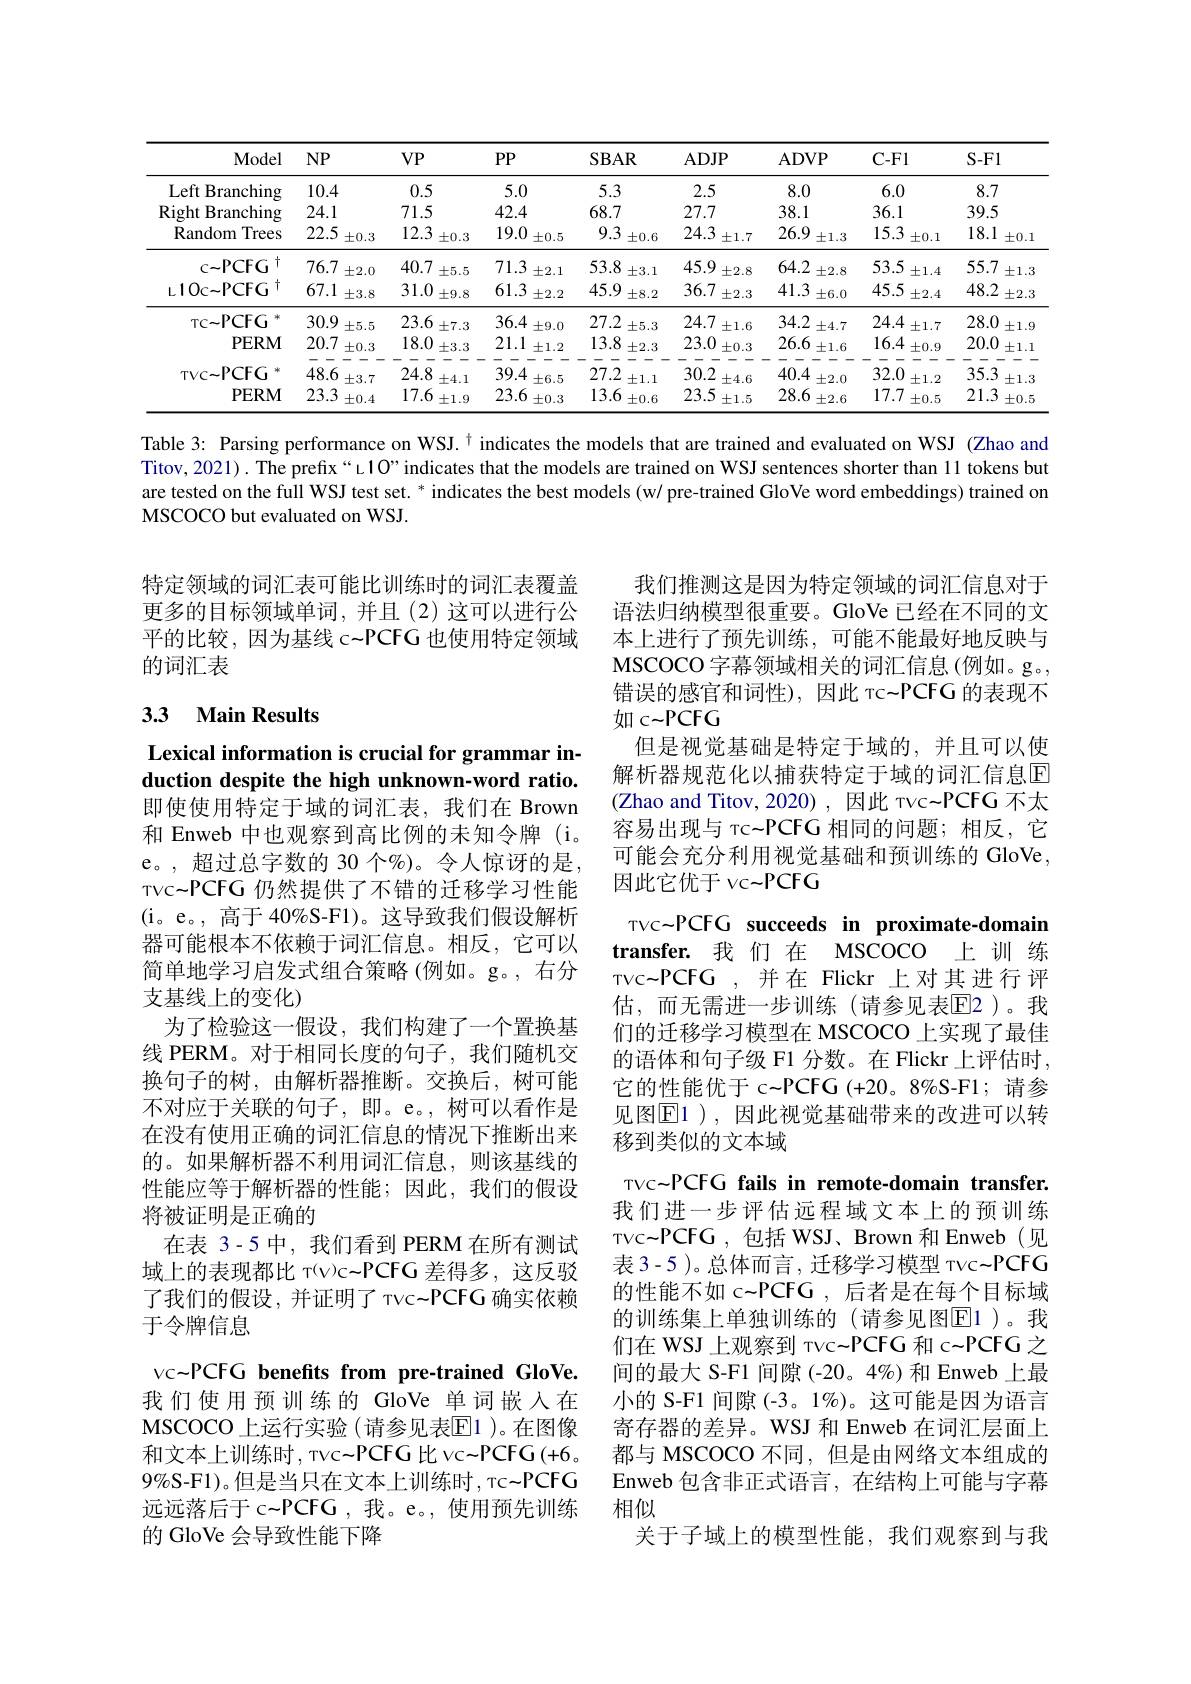
<table>
	<tbody>
		<tr>
			<th>Model</th>
			<th>$NP$</th>
			<th>$VP$</th>
			<th>$PP$</th>
			<th>$SBAR$</th>
			<th>$ADJP$</th>
			<th>ADVP</th>
			<th>$C-F1$</th>
			<th>$S-Fl$</th>
		</tr>
		<tr>
			<td>Left Branching</td>
			<td>10.4</td>
			<td>0.5</td>
			<td>5.0</td>
			<td>5.3</td>
			<td>2.5</td>
			<td>8.0</td>
			<td>6.0</td>
			<td>8.7</td>
		</tr>
		<tr>
			<td>Right ${\mathrm{t}}$Branching</td>
			<td>24.1</td>
			<td>71.5</td>
			<td>42.4</td>
			<td>68.7</td>
			<td>27.7</td>
			<td>38.1</td>
			<td>36.1</td>
			<td>39.5</td>
		</tr>
		<tr>
			<td>Random Trees</td>
			<td>22.5 $\pm0.3$</td>
			<td>12.3 $\pm0.3$</td>
			<td>19.0 $\pm0.5$</td>
			<td>9.3 $\pm0.6$</td>
			<td>24.3 $\pm1.7$</td>
			<td>26.9 $\pm1.3$</td>
			<td>15.3 $\pm0.1$</td>
			<td>18.1 $\pm0.1$</td>
		</tr>
		<tr>
			<td>C$\sim$PCFG $\dagger$</td>
			<td>76.7 $\pm2.0$</td>
			<td>40.7 $\pm5.5$</td>
			<td>71.3 $\pm2.1$</td>
			<td>53.8 $\pm3.1$</td>
			<td>45.9 $\pm2.8$</td>
			<td>64.2 $\pm2.8$</td>
			<td>53.5 $\pm1.4$</td>
			<td>55.7 $\pm1.3$</td>
		</tr>
		<tr>
			<td>L10c- PCFG</td>
			<td>67.1 $\pm3.8$</td>
			<td>31.0 $\pm9.8$</td>
			<td>61.3 $\pm2.2$</td>
			<td>45.9 $\pm8.2$</td>
			<td>36.7 $\pm2.3$</td>
			<td>41.3 $\pm6.0$</td>
			<td>45.5 $\pm2.4$</td>
			<td>48.2 $\pm2.3$</td>
		</tr>
		<tr>
			<td>TC~PCFG</td>
			<td>30.9 $\pm5.5$</td>
			<td>23.6 $\pm7.3$</td>
			<td>36.4 $\pm9.0$</td>
			<td>27.2 $\pm5.3$</td>
			<td>24.7 $\pm1.6$</td>
			<td>34.2 $\pm4.7$</td>
			<td>24.4 $\pm1.7$</td>
			<td>28.0 $\pm1.9$</td>
		</tr>
		<tr>
			<td>PERM</td>
			<td>一 20.7 $\pm0.3$</td>
			<td>一 18.0 $\pm3.3$</td>
			<td>- 11 21.1 $\pm1.2$</td>
			<td>一 13.8 $\pm2.3$</td>
			<td>- 11 23.0 $\pm0.3$</td>
			<td>一 26.6 $\pm1.6$</td>
			<td>一 16.4 $\pm0.9$</td>
			<td>- 20.0 $\pm1.1$</td>
		</tr>
		<tr>
			<td>TVC$\sim$PCFG</td>
			<td>48.6 $\pm3.7$</td>
			<td>24.8 $\pm4.1$</td>
			<td>39.4 $\pm6.5$</td>
			<td>27.2 $\pm1.1$</td>
			<td>30.2 $\pm4.6$</td>
			<td>40.4 $\pm2.0$</td>
			<td>32.0 $\pm1.2$</td>
			<td>35.3 $\pm1.3$</td>
		</tr>
		<tr>
			<td>PERM</td>
			<td>23.3 $\pm0.4$</td>
			<td>17.6 $\pm1.9$</td>
			<td>23.6 $\pm0.3$</td>
			<td>13.6 $\pm0.6$</td>
			<td>23.5 $\pm1.5$</td>
			<td>28.6 $\pm2.6$</td>
			<td>17.7 $\pm0.5$</td>
			<td>21.3 $\pm0.5$</td>
		</tr>
	</tbody>
</table>

Table 3: Parsing performance on WSJ.$^{\dagger}$ indicates the models that are trained and evaluated on WSJ (Zhao and Titov,2021). The prefix“L1O”indicates that the models are trained on WSJ sentences shorter than 11 tokens but are tested on the full WSJ test set. * indicates the best models (w/ pre-trained GloVe word embeddings) trained on MSCOCO but evaluated on WSJ

特定领域的词汇表可能比训练时的词汇表覆盖更多的目标领域单词，并且(2)这可以进行公平的比较，因为基线 c-PCFG 也使用特定领域的词汇表

# 3.3 Main Results

Lexical information is crucial for grammar induction despite the high unknown-word ratio.

我们推测这是因为特定领域的词汇信息对于语法归纳模型很重要。GloVe 已经在不同的文本上进行了预先训练，可能不能最好地反映与MSCOCO 字幕领域相关的词汇信息(例如。g。, 错误的感官和词性),因此 тс~PCFG 的表现不如 c~PCFG
但是视觉基础是特定于域的，并且可以使解析器规范化以捕获特定于域的词汇信息$\overline{\mathrm{E}}$ (Zhao and Titov, 2020), 因此 тvc-PCFG 不太容易出现与 тс~PCFG 相同的问题；相反，它可能会充分利用视觉基础和预训练的 GloVe, 因此它优于 vc~PCFG
TVC-PCFG succeeds in proximate-domain transfer.我们在 MSCOCO 上 训 练TVC~PCFG ,并在 Flickr 上对其进行评估，而无需进一步训练(请参见表E2)。我们的迁移学习模型在 MSCOCO 上实现了最佳的语体和句子级 F1 分数。在 Flickr 上评估时， 它的性能优于 c-PCFG (+20。8%S-F1; 请参见图$\operatorname{E1}$ ),因此视觉基础带来的改进可以转移到类似的文本域
TVC~PCFG fails in remote-domain transfer. 我们进一步评估远程域文本上的预训练TVC~PCFG,包括 WSJ、Brown 和 Enweb(见表 3-5 )。总体而言 , 迁移学习模型 тvc~PCFG 的性能不如 c\_PCFG ,后者是在每个目标域的训练集上单独训练的(请参见图E1)。我们在 WSJ 上观察到 тvc~PCFG 和 c~PCFG 之间的最大 S-F1 间隙 (-20。4%)和 Enweb 上最小的 S-F1 间隙 (-3。1%)。这可能是因为语言寄存器的差异。WSJ 和 Enweb 在词汇层面上都与 MSCOCO 不同，但是由网络文本组成的Enweb 包含非正式语言，在结构上可能与字幕相似
关于子域上的模型性能，我们观察到与我

即使使用特定于域的词汇表，我们在 Brown 和 Enweb 中也观察到高比例的未知令牌 (i。e。,超过总字数的 30 个%)。令人惊讶的是， TVC~PCFG 仍然提供了不错的迁移学习性能(i。e。,高于 40%S-F1)。这导致我们假设解析器可能根本不依赖于词汇信息。相反，它可以简单地学习启发式组合策略(例如。g。, 右分支基线上的变化)
为了检验这一假设，我们构建了一个置换基线 PERM。对于相同长度的句子，我们随机交换句子的树，由解析器推断。交换后，树可能不对应于关联的句子，即。e。,树可以看作是在没有使用正确的词汇信息的情况下推断出来的。如果解析器不利用词汇信息，则该基线的性能应等于解析器的性能；因此，我们的假设将被证明是正确的
在表 3-5 中，我们看到 PERM 在所有测试域上的表现都比 τ(v)c~PCFG 差得多，这反驳了我们的假设，并证明了 тvc~PCFG 确实依赖于令牌信息
vc~PCFG benefits from pre-trained GloVe. 我们使用预训练的 GloVe 单词嵌人在MSCOCO 上运行实验(请参见表$\overline{\mathrm{E}}$1 )。在图像和文本上训练时，тvc~PCFG 比 vc~PCFG (+6。9%S-F1)。但是当只在文本上训练时，Tc~PCFG 远远落后于 c-PCFG , 我。e。, 使用预先训练的 GloVe 会导致性能下降